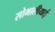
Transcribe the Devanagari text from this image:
सोमालीयाई